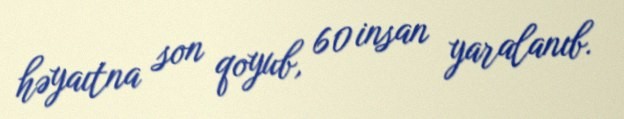
həyaıtna son qoyub, 60 insan yaralanıb.